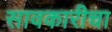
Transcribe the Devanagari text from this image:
सावकारीचा